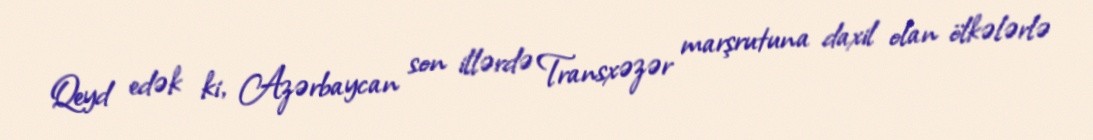
Qeyd edək ki, Azərbaycan son illərdə Transxəzər marşrutuna daxil olan ölkələrlə